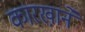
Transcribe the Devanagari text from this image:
कारखा़ने